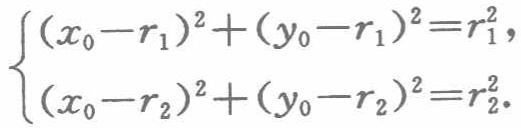
\[\begin{cases}(x_0 - r_1)^2 + (y_0 - r_1)^2 = r_1^2,\\(x_0 - r_2)^2 + (y_0 - r_2)^2 = r_2^2.\end{cases}\]